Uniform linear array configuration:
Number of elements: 48
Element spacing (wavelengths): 0.5
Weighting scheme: exponential
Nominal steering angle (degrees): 15
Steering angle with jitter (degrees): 16.542
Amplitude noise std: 0.05
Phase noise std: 0.05

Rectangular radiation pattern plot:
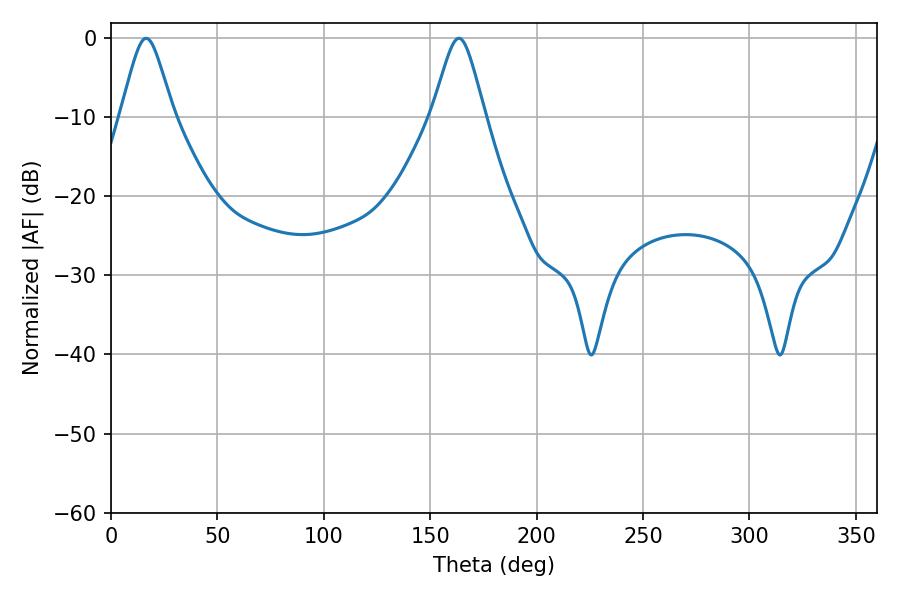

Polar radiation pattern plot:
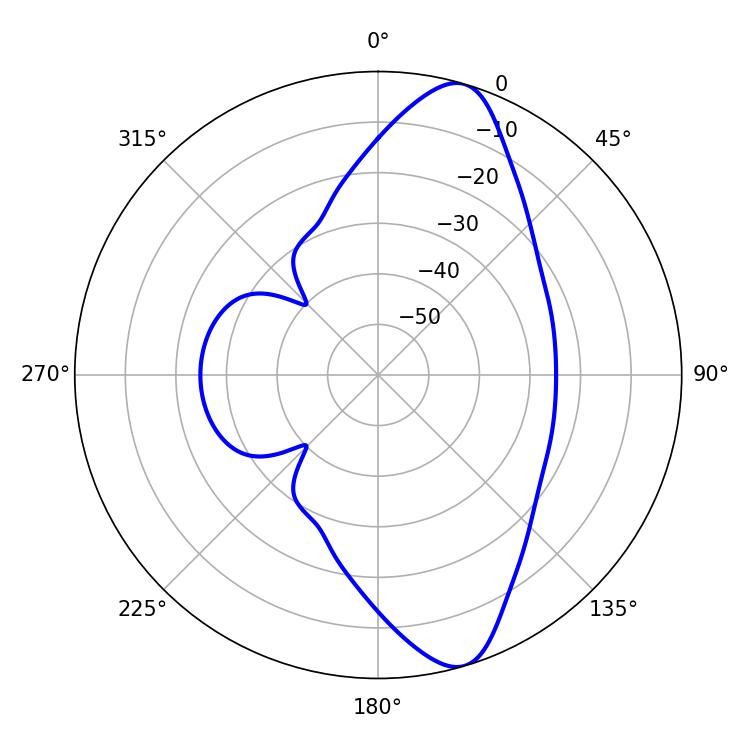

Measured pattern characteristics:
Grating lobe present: FALSE
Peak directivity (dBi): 11.154
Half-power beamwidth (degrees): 11.88
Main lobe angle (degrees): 16.56